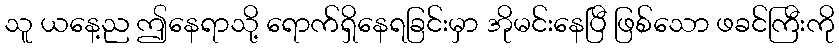
သူ ယနေ့ည ဤနေရာသို့ ရောက်ရှိနေရခြင်းမှာ အိုမင်းနေပြီ ဖြစ်သော ဖခင်ကြီးကို